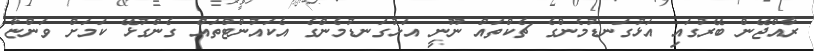
ރާއްޖޭން ބޭރުގައި އަޅުގަނޑުމެންގެ ޗެކްތައް ނޫނީ އަޅުގަނޑުމެންގެ އެކައުންޓްތައް ގެންގުޅޭ ކަމަށް ވަންޏާ